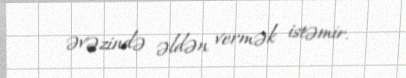
əvəzində əldən vermək istəmir.